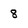
Character: 8